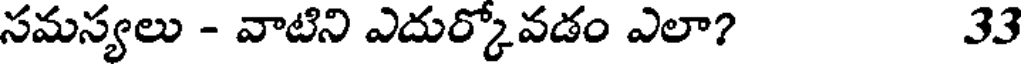
సమస్యలు - వాటిని ఎదుర్కోవడం ఎలా? 33